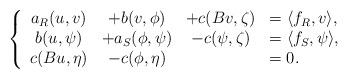
LaTeX: \begin{align*}\left\{\begin{array}{cccl}\displaystyle a_R(u,v)&+b(v,\phi)&+c(Bv,\zeta)&=\langle f_R,v\rangle,\\\displaystyle b(u,\psi)&+a_S(\phi,\psi)&-c(\psi,\zeta)&=\langle f_S,\psi\rangle,\\\displaystyle c(Bu,\eta)&-c(\phi,\eta)&&=0.\end{array}\right.\end{align*}